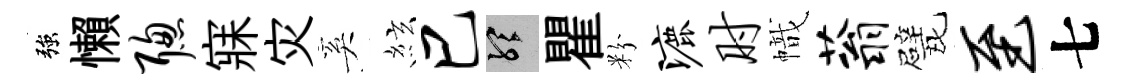
強懶聪寐灾奚絃巳聽瞿粉漉肘幟蓊戏至七